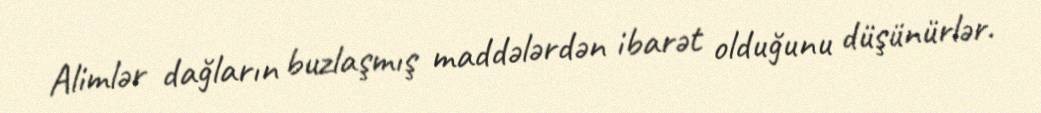
Alimlər dağların buzlaşmış maddələrdən ibarət olduğunu düşünürlər.